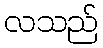
လသည်